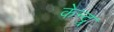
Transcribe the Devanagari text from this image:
केन्द्र्